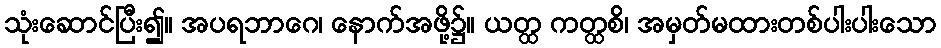
သုံးဆောင်ပြီး၍။ အပရဘာဂေ၊ နောက်အဖို့၌။ ယတ္ထ ကတ္ထစိ၊ အမှတ်မထားတစ်ပါးပါးသော